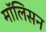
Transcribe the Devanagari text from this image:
मॉलिसन